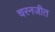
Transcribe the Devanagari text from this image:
चरनजीत